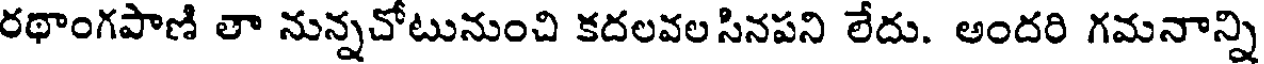
రథాంగపాణి తా నున్నచోటునుంచి కదలవలసినపని లేదు. అందరి గమనాన్ని